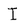
Character: I